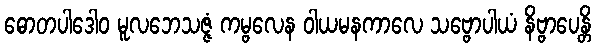
ဓောတပါဒေါဝ မူလဘေသဇ္ဇံ ကမ္ဗလေန ဝါယမနကာလေ သဗ္ဗောပါယံ နိဗ္ဗာပေန္တိ